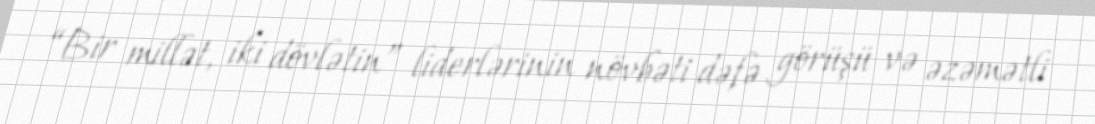
“Bir millət, iki dövlətin” liderlərinin növbəti dəfə görüşü və əzəmətli